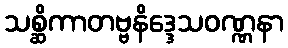
သစ္ဆိကာတဗ္ဗနိဒ္ဒေသဝဏ္ဏနာ